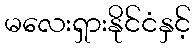
မလေးရှားနိုင်ငံနှင့်